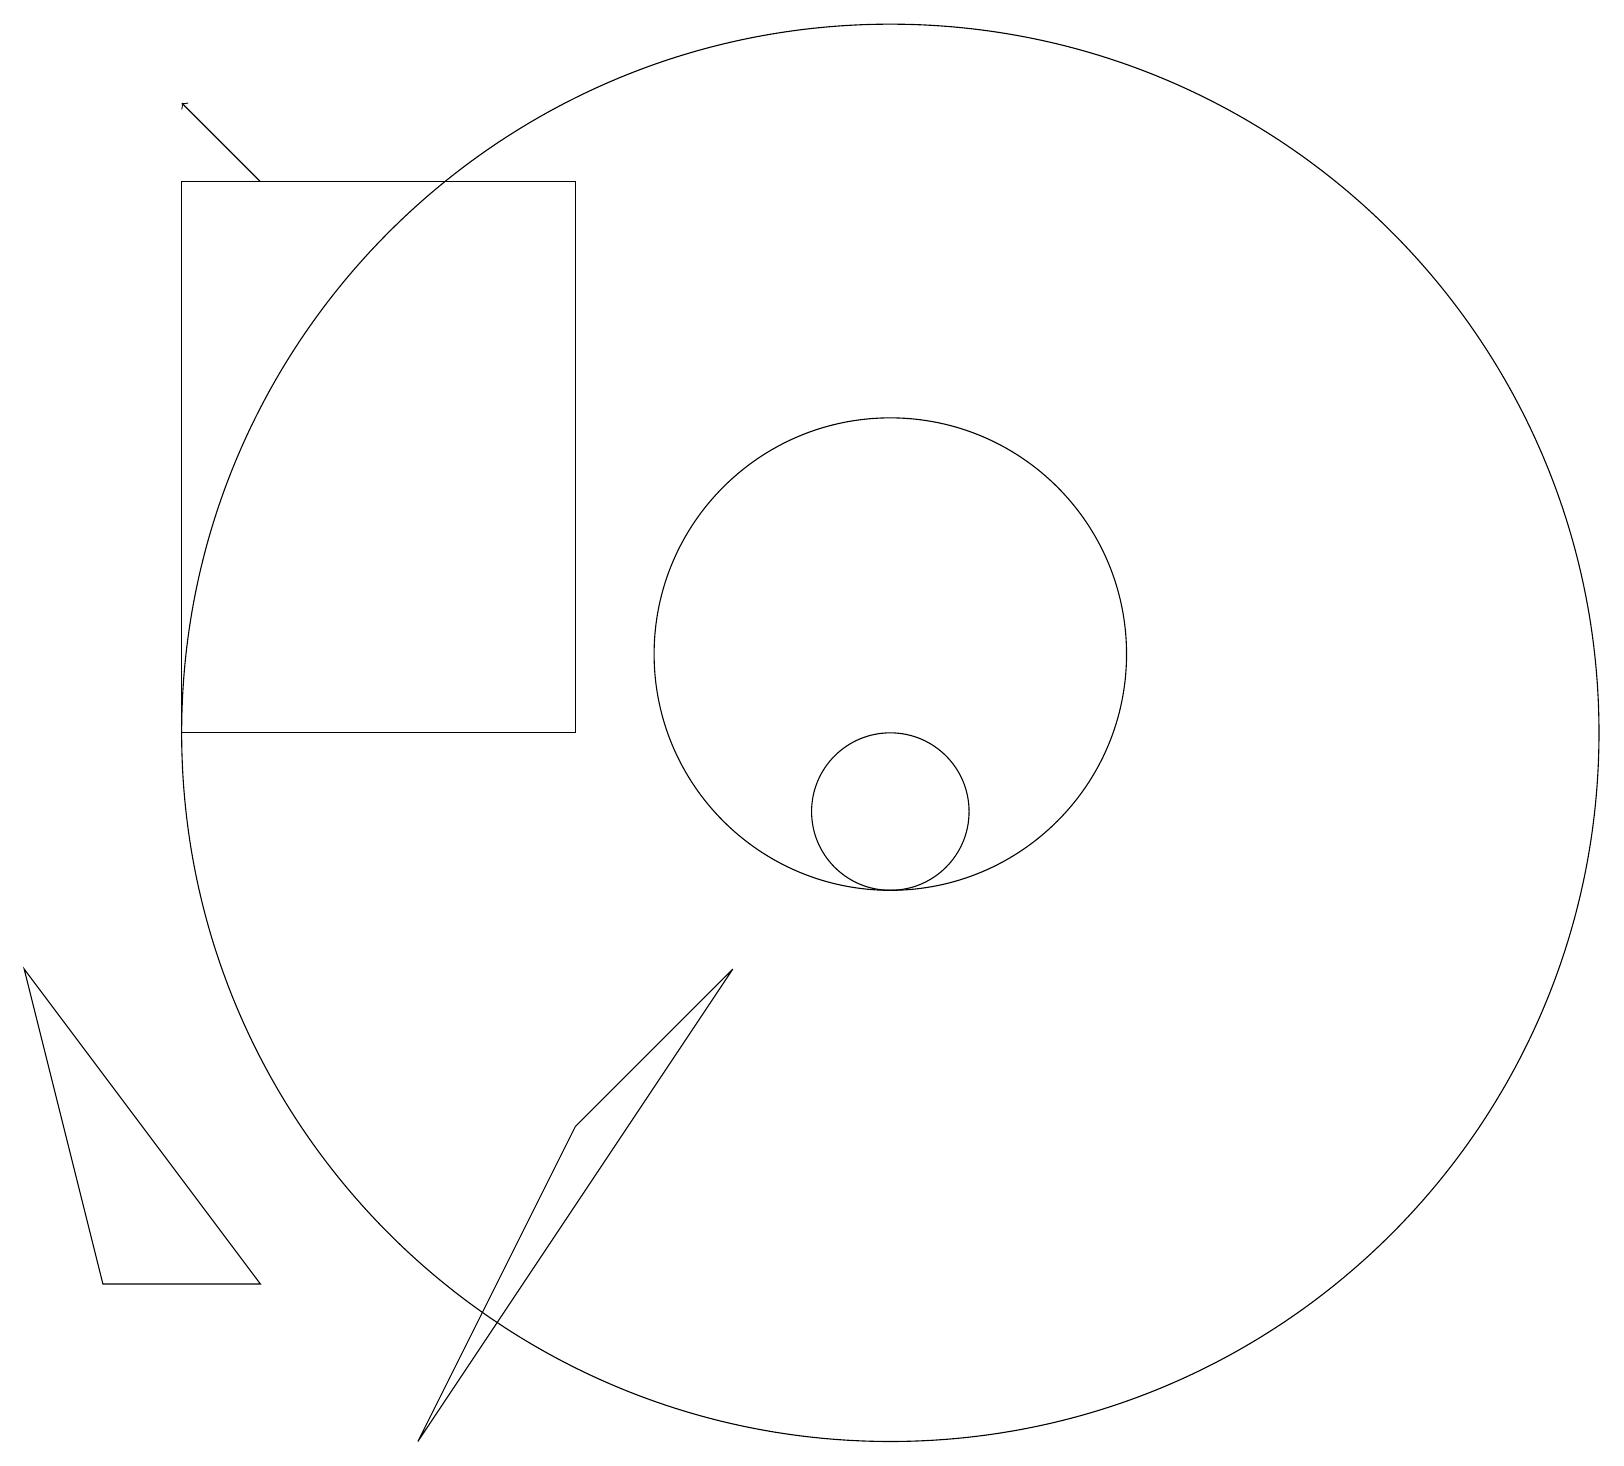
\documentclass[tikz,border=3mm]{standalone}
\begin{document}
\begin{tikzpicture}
\draw (7,18) rectangle (2,11);
\draw (11,11) circle (9);
\draw (11,12) circle (3);
\draw (9,8) -- (7,6) -- (5,2) -- cycle;
\draw (3,4) -- (0,8) -- (1,4) -- cycle;
\draw[->] (3,18) -- (2,19);
\draw (11,10) circle (1);
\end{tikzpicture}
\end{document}